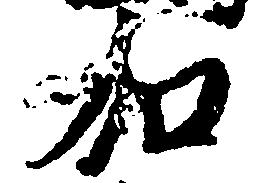
加